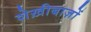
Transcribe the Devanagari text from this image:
शेख़ीबाज़ों